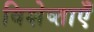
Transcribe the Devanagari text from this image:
विशेष्ताएँ